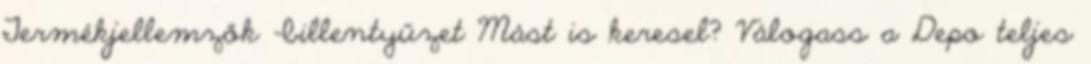
Termékjellemzők -billentyűzet Mást is keresel? Válogass a Depo teljes